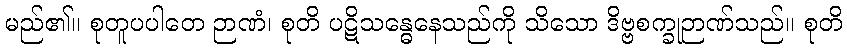
မည်၏။ စုတူပပါတေ ဉာဏံ၊ စုတိ ပဋိသန္ဓေနေသည်ကို သိသော ဒိဗ္ဗစက္ခုဉာဏ်သည်။ စုတိ